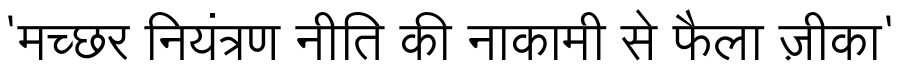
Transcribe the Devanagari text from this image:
'मच्छर नियंत्रण नीति की नाकामी से फैला ज़ीका'